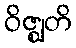
ဝိဇ္ဈတိ